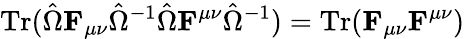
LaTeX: \operatorname{Tr}({\hat{\Omega}}\mathbf{F}_{\mu\nu}{\hat{\Omega}}^{-1}{\hat{\Omega}}\mathbf{F}^{\mu\nu}{\hat{\Omega}}^{-1})=\operatorname{Tr}(\mathbf{F}_{\mu\nu}\mathbf{F}^{\mu\nu})